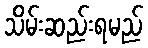
သိမ်းဆည်းရမည်